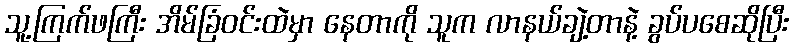
သူ့ကြက်ဖကြီး အိမ်ခြံဝင်းထဲမှာ နေတာကို သူက လာနယ်ချဲ့တာနဲ့ ခွပ်ပစေဆိုပြီး